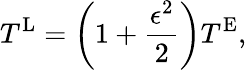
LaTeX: T^{\textnormal{L}}=\bigg(1+\frac{\epsilon^{2}}{2}\bigg)T^{\textnormal{E}},